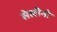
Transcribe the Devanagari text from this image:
सेलीनो